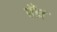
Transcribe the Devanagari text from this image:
पँन